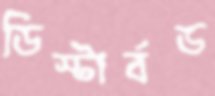
ডিস্টার্বড